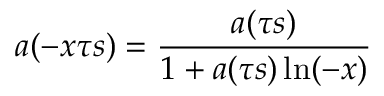
a ( - x \tau s ) = { \frac { a ( \tau s ) } { 1 + a ( \tau s ) \ln ( - x ) } }